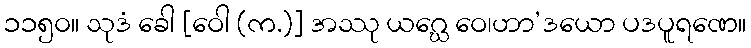
၁၁၅၀။ သုဒံ ခေါ [ဝေါ (က.)] အဿု ယဂ္ဃေ ဝေ၊ဟာ’ဒယော ပဒပူရဏေ။